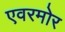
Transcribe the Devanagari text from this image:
एवरमोर